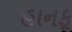
હાનફૂ